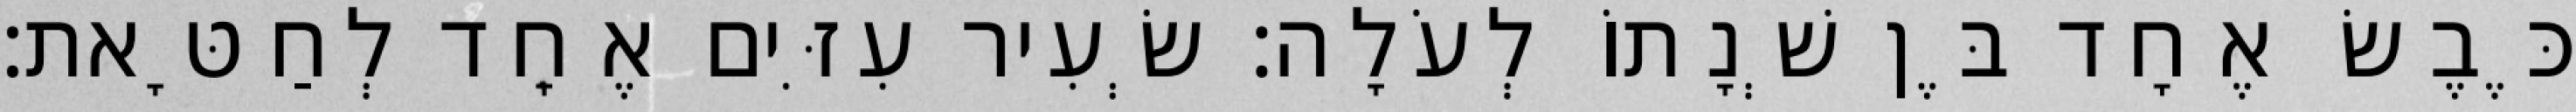
כֶּבֶשׂ אֶחָד בֶּן שְׁנָתוֹ לְעֹלָה׃ שְׂעִיר עִזִּים אֶחָד לְחַטָּאת׃